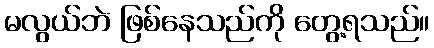
မလွယ်ဘဲ ဖြစ်နေသည်ကို တွေ့ရသည်။